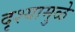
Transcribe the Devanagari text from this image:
दृश्यामुळे